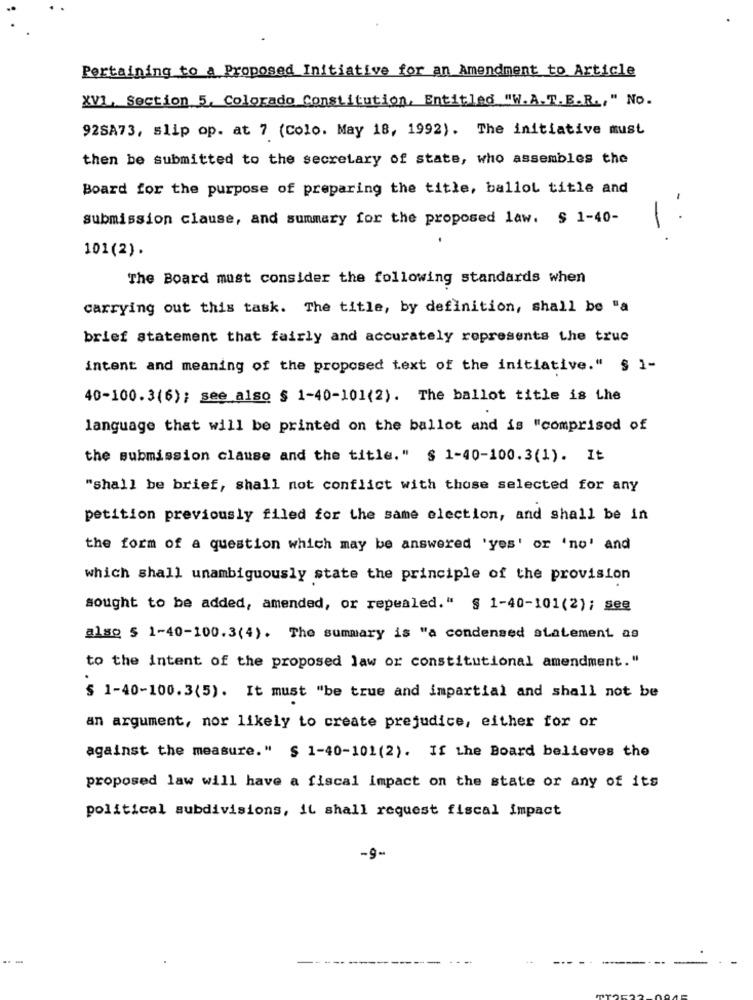
Pertaining to a Proposed Initiative for an Amendment to Article
XVI, Section 5, Colorado Constitution, Entitled "W.A.T.E.R ., " No.
92SA73, slip op. at 7 (Colo. May 18, 1992). The initiative must
then be submitted to the secretary of state, who assembles the
Board for the purpose of preparing the title, ballot title and
submission clause, and summary for the proposed law. $ 1-40-
. ..
101(2).
The Board must consider the following standards when
carrying out this task. The title, by definition, shall be "a
brief statement that fairly and accurately represents the true
intent and meaning of the proposed text of the initiative." § 1-
40-100.3(6); see also § 1-40-101(2). The ballot title is the
language that will be printed on the ballot and is "comprised of
the submission clause and the title." $ 1-40-100.3(1). It
"shall be brief, shall not conflict with those selected for any
petition previously filed for the same election, and shall be in
the form of a question which may be answered 'yes' or 'no' and
which shall unambiguously state the principle of the provision
sought to be added, amended, or repealed." § 1-40-101(2); see
also $ 1-40-100.3(4). The summary is "a condensed statement as
to the intent of the proposed law or constitutional amendment."
$ 1-40-100.3(5). It must "be true and impartial and shall not be
an argument, nor likely to create prejudice, either for or
against the measure." $ 1-40-101(2). If the Board believes the
proposed law will have a fiscal impact on the state or any of its
political subdivisions, it shall request fiscal impact
-9-
-